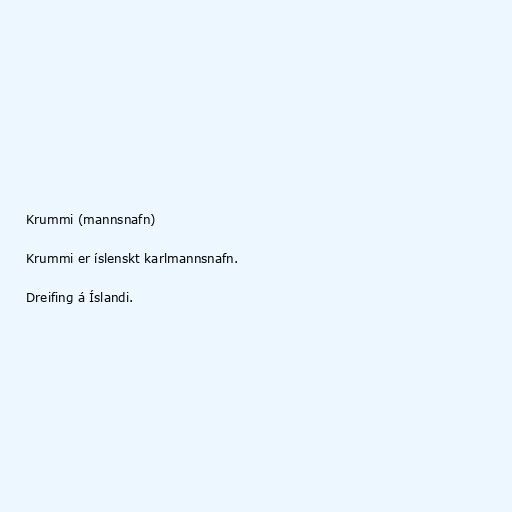
Krummi (mannsnafn)

Krummi er íslenskt karlmannsnafn.

Dreifing á Íslandi.